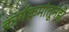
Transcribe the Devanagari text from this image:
कार्यक्रमांतूनही